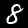
Digit: 8